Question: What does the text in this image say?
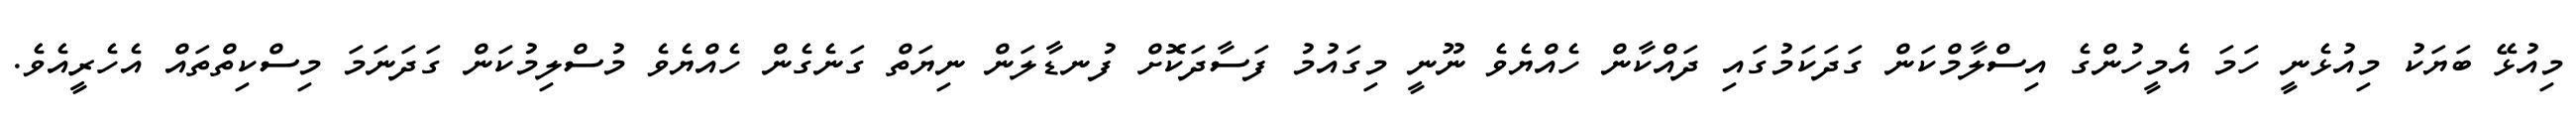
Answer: މިއުޅޭ ބަޔަކު މިއުޅެނީ ހަމަ އެމީހުންގެ އިސްލާމްކަން ގަދަކަމުގައި ދައްކާން ހެއްޔެވެ ނޫނީ މިގައުމު ފަސާދަކޮށް ފުނޑާލަން ނިޔަތް ގަނެގެން ހެއްޔެވެ މުސްލިމުކަން ގަދަނަމަ މިސްކިތްތައް އެހެރީއެވެ.